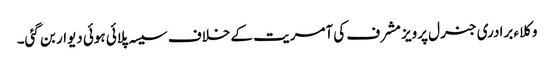
وکلاء برادری جنرل پرویز مشرف کی آمریت کے خلاف سیسہ پلائی ہوئی دیوار بن گئی۔